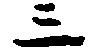
三